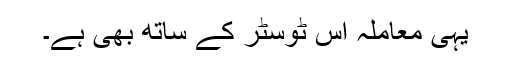
یہی معاملہ اس ٹوسٹر کے ساتھ بھی ہے۔